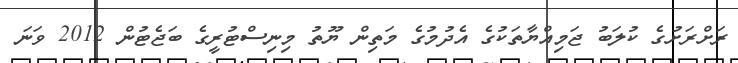
ރަށްރަށުގެ ކުލަބު ޖަމިއްޔާތަކުގެ އެދުމުގެ މަތިން ޔޫތު މިނިސްޓުރީގެ ބަޖެޓުން 2012 ވަނަ